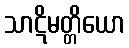
သာဋိမတ္တိယော